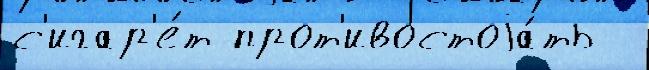
с'игар'е́т прот'ивостоjа́ть